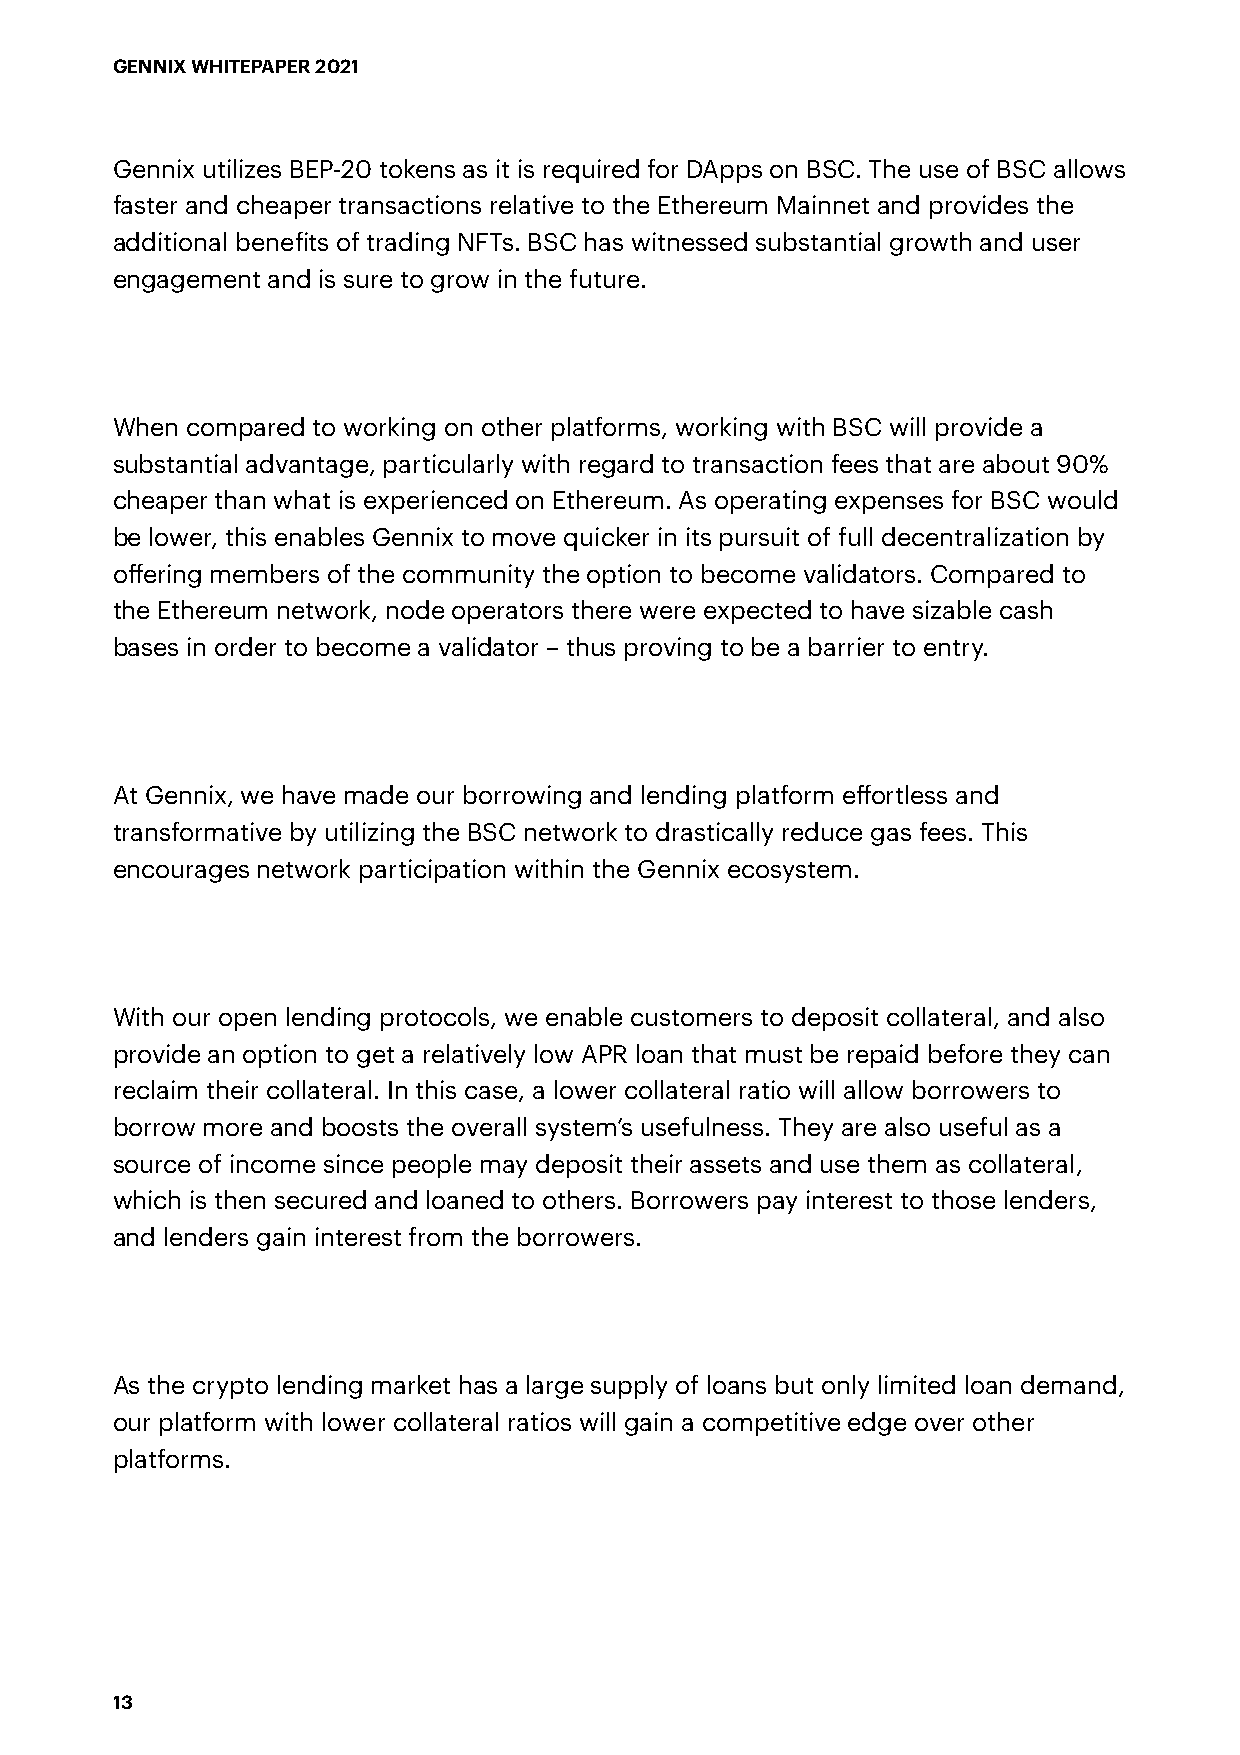
GENNIX WHITEPAPER 2021
 Gennix utilizes BEP-20 tokens as it is required for DApps on BSC. The use of BSC allows
 faster and cheaper transactions relative to the Ethereum Mainnet and provides the
 additional benefits of trading NFTs. BSC has witnessed substantial growth and user
 engagement and is sure to grow in the future.
 When compared to working on other platforms, working with BSC will provide a
 substantial advantage, particularly with regard to transaction fees that are about 90%
 cheaper than what is experienced on Ethereum. As operating expenses for BSC would
 be lower, this enables Gennix to move quicker in its pursuit of full decentralization by
 offering members of the community the option to become validators. Compared to
 the Ethereum network, node operators there were expected to have sizable cash
 bases in order to become a validator – thus proving to be a barrier to entry.
 At Gennix, we have made our borrowing and lending platform effortless and
 transformative by utilizing the BSC network to drastically reduce gas fees. This
 encourages network participation within the Gennix ecosystem.
 With our open lending protocols, we enable customers to deposit collateral, and also
 provide an option to get a relatively low APR loan that must be repaid before they can
 reclaim their collateral. In this case, a lower collateral ratio will allow borrowers to
 borrow more and boosts the overall system’s usefulness. They are also useful as a
 source of income since people may deposit their assets and use them as collateral,
 which is then secured and loaned to others. Borrowers pay interest to those lenders,
 and lenders gain interest from the borrowers.
 As the crypto lending market has a large supply of loans but only limited loan demand,
 our platform with lower collateral ratios will gain a competitive edge over other
 platforms.
 13